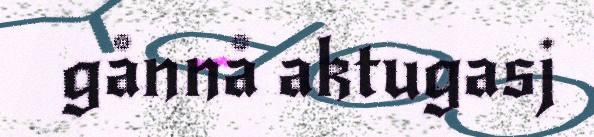
gånnå aktugasj